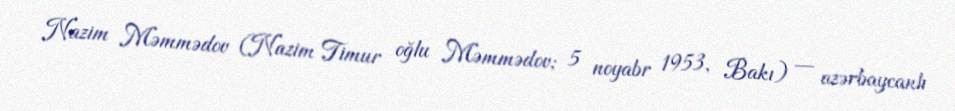
Nazim Məmmədov (Nazim Timur oğlu Məmmədov; 5 noyabr 1953, Bakı) — azərbaycanlı